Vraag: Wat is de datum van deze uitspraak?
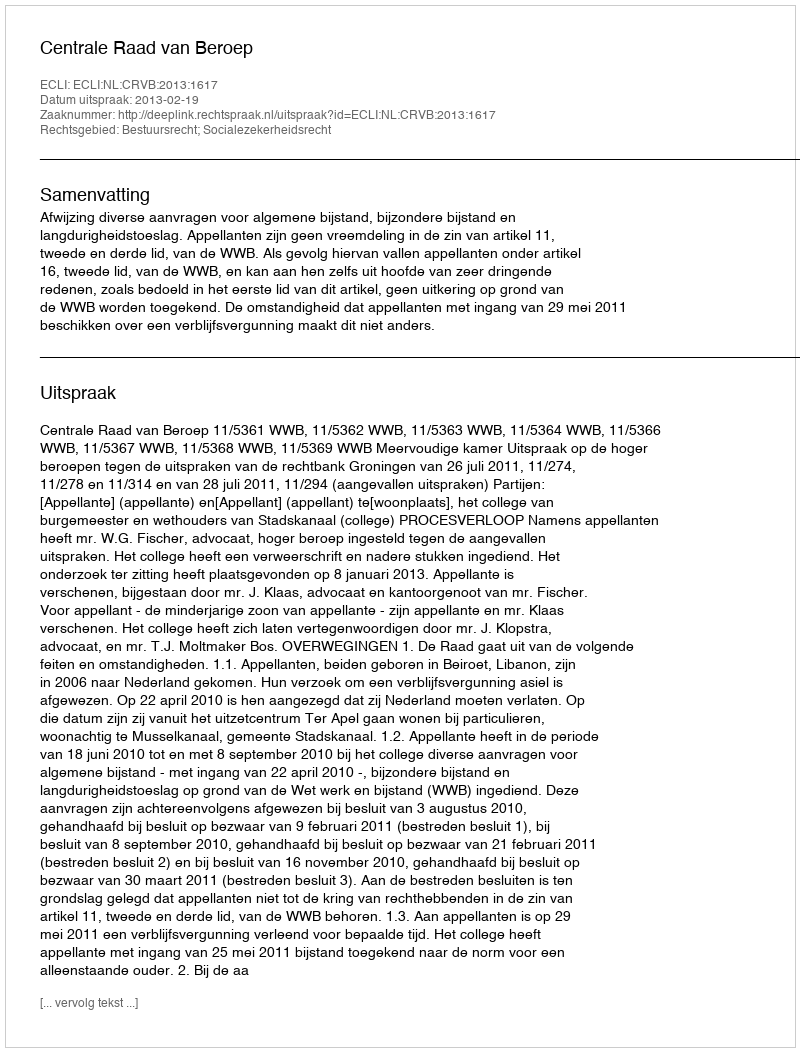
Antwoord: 2013-02-19